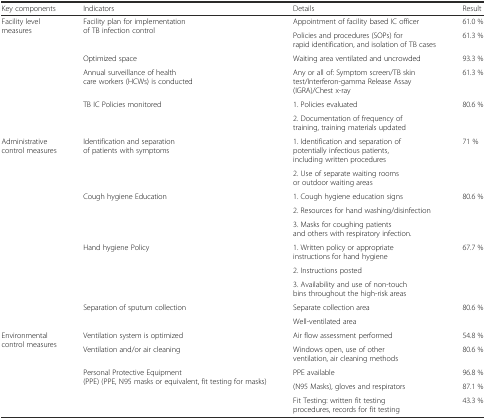
<table><thead><tr><td><b>Key components</b></td><td><b>Indicators</b></td><td><b>Details</b></td><td><b>Result</b></td></tr></thead><tbody><tr><td rowspan="2">Facility level measures</td><td rowspan="2">Facility plan for implementation of TB infection control</td><td>Appointment of facility based IC officer</td><td>61.0 %</td></tr><tr><td>Policies and procedures (SOPs) for rapid identification, and isolation of TB cases</td><td>61.3 %</td></tr><tr><td></td><td>Optimized space</td><td>Waiting area ventilated and uncrowded</td><td>93.3 %</td></tr><tr><td></td><td>Annual surveillance of health care workers (HCWs) is conducted</td><td>Any or all of: Symptom screen/TB skin test/Interferon-gamma Release Assay (IGRA)/Chest x-ray</td><td>61.3 %</td></tr><tr><td rowspan="2"></td><td rowspan="2">TB IC Policies monitored</td><td>1. Policies evaluated</td><td rowspan="2">80.6 %</td></tr><tr><td>2. Documentation of frequency of training, training materials updated</td></tr><tr><td rowspan="8">Administrative control measures</td><td rowspan="2">Identification and separation of patients with symptoms</td><td>1. Identification and separation of potentially infectious patients, including written procedures</td><td rowspan="2">71 %</td></tr><tr><td>2. Use of separate waiting rooms or outdoor waiting areas</td></tr><tr><td rowspan="3">Cough hygiene Education</td><td>1. Cough hygiene education signs</td><td rowspan="3">80.6 %</td></tr><tr><td>2. Resources for hand washing/disinfection</td></tr><tr><td>3. Masks for coughing patients and others with respiratory infection.</td></tr><tr><td rowspan="3">Hand hygiene Policy</td><td>1. Written policy or appropriate instructions for hand hygiene</td><td rowspan="3">67.7 %</td></tr><tr><td>2. Instructions posted</td></tr><tr><td>3. Availability and use of non-touch bins throughout the high-risk areas</td></tr><tr><td rowspan="2"></td><td rowspan="2">Separation of sputum collection</td><td>Separate collection area</td><td rowspan="2">80.6 %</td></tr><tr><td>Well-ventilated area</td></tr><tr><td rowspan="2">Environmental control measures</td><td>Ventilation system is optimized</td><td>Air flow assessment performed</td><td>54.8 %</td></tr><tr><td>Ventilation and/or air cleaning</td><td>Windows open, use of other ventilation, air cleaning methods</td><td>80.6 %</td></tr><tr><td rowspan="3"></td><td rowspan="3">Personal Protective Equipment (PPE) (PPE, N95 masks or equivalent, fit testing for masks)</td><td>PPE available</td><td>96.8 %</td></tr><tr><td>(N95 Masks), gloves and respirators</td><td>87.1 %</td></tr><tr><td>Fit Testing: written fit testing procedures, records for fit testing</td><td>43.3 %</td></tr></tbody></table>